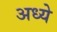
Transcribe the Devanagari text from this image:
अध्ये